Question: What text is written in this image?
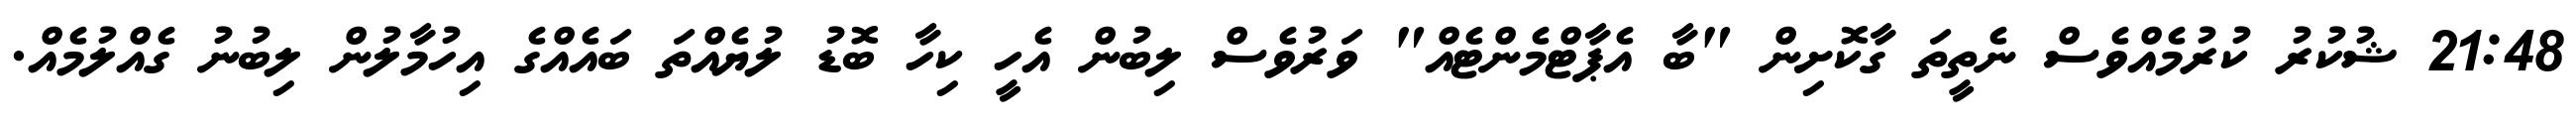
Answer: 21:48 ޝުކުރު ކުރުމެއްވެސް ނެތީތަ ގާކޮށިން "ބާ އެޕާޓްމެންޓެއް" ވަރުވެސް ލިބުން އެހީ ކިހާ ބޮޑު ލުޔެއްތަ ބައެއްގެ އިހުމާލުން ލިބުނު ގެއްލުމެއް.